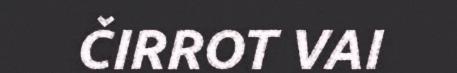
ČIRROT VAI